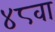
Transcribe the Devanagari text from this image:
४८वा